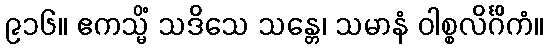
၉၁၆။ ဧကသ္မိံ သဒိသေ သန္တေ၊ သမာနံ ဝါစ္စလိင်္ဂိကံ။